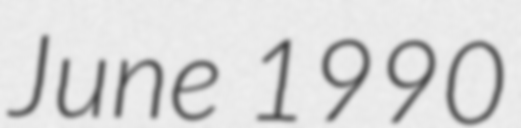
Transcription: June 1990